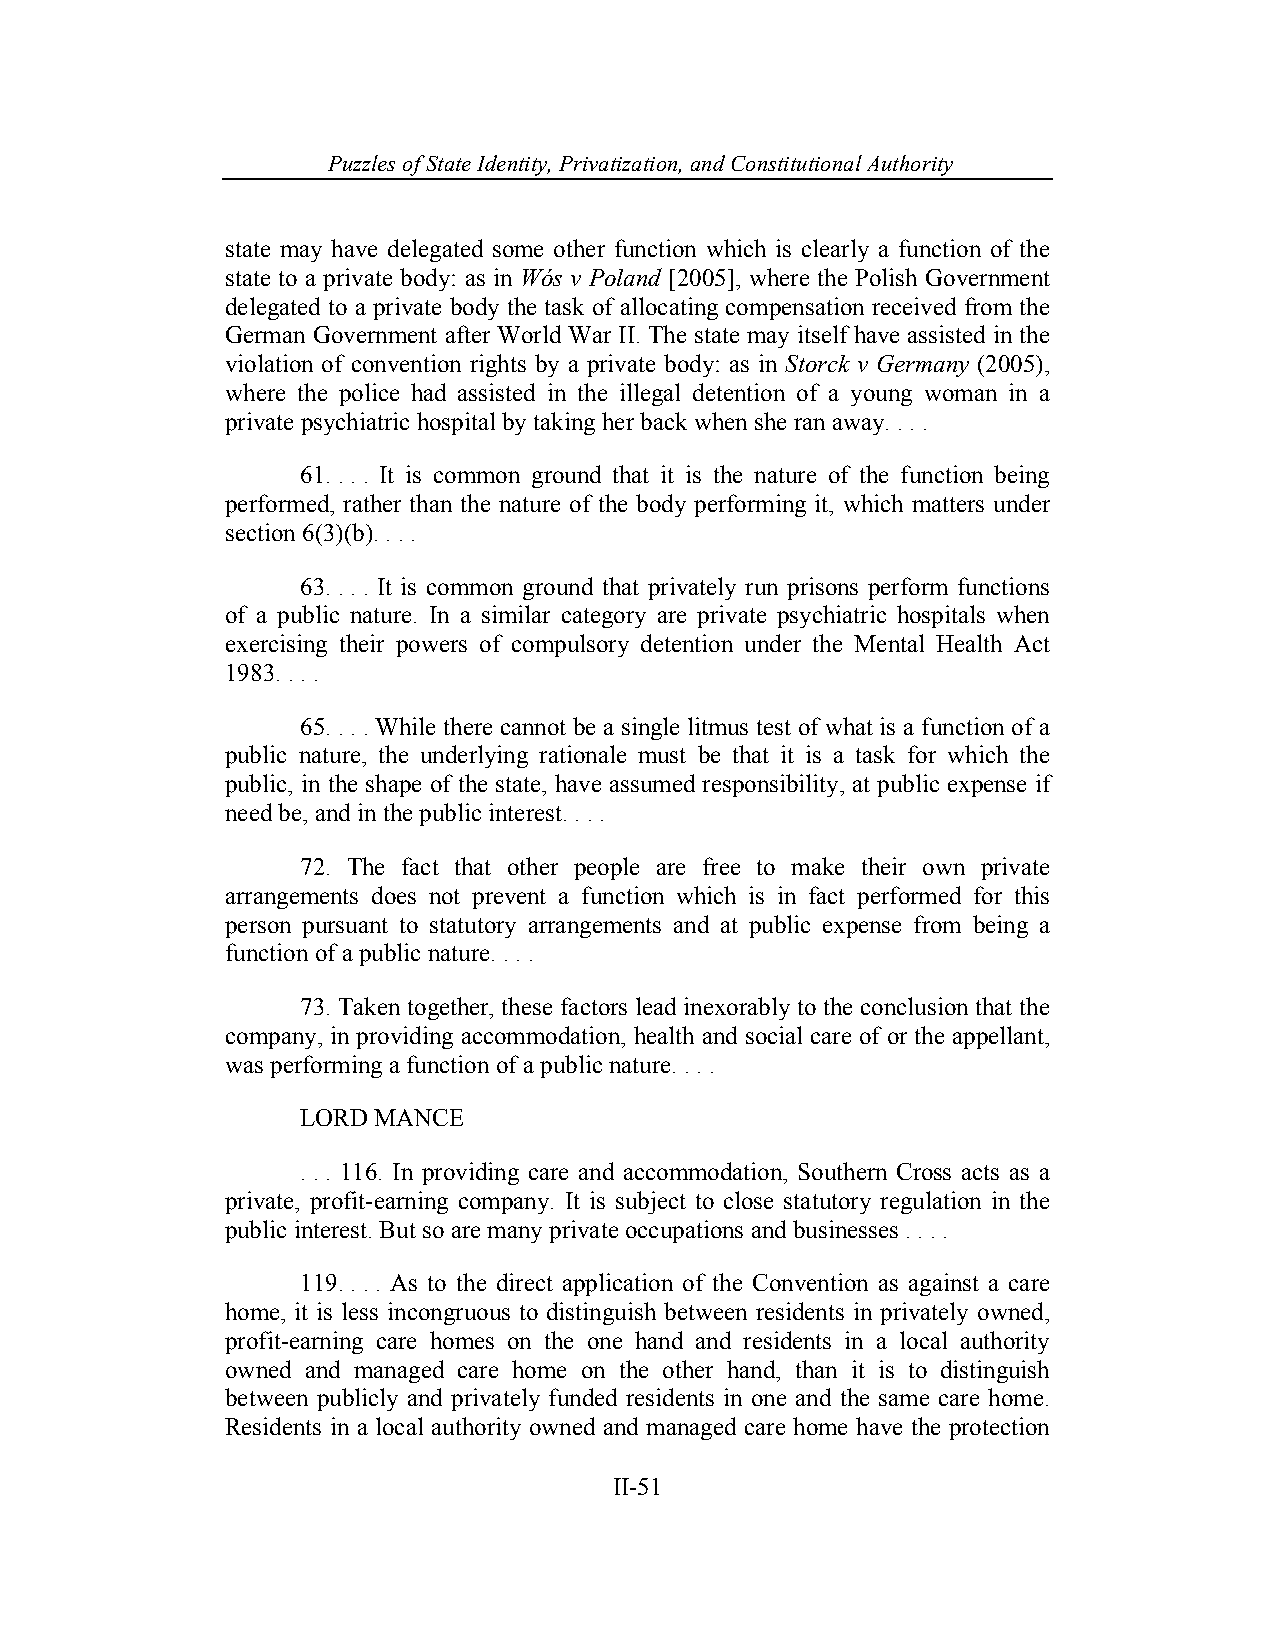
Puzzles of State Identity, Privatiz ation, and Constitutional Authority
 state may have delegated some other function which is clearly a function of the
 state to a private body: as in Wós v Poland [2005], where the Polish Government
 delegated to a private body the task of allocating compensation received from the
 German Government after World War II. The state may itself have assisted in the
 violation of convention rights by a private body: as in Storck v Germany (2005),
 where the police had assisted in the illegal detention of a young woman in a
 private psychiatric hospital by taking her back when she ran away. . . .
 61. . . . It is common ground that it is the nature of the function being
 performed, rather than the nature of the body performing it, which matters under
 section 6(3)(b). . . .
 63. . . . It is common ground that privately run prisons perform functions
 of a public nature. In a similar category are private psychiatric hospitals when
 exercising their powers of compulsory detention under the Mental Health Act
 1983. . . .
 65. . . . While there cannot be a single litmus test of what is a function of a
 public nature, the underlying rationale must be that it is a task for which the
 public, in the shape of the state, have assumed responsibility, at public expense if
 need be, and in the public interest. . . .
 72. The fact that other people are free to make their own private
 arrangements does not prevent a function which is in fact performed for this
 person pursuant to statutory arrangements and at public expense from being a
 function of a public nature. . . .
 73. Taken together, these factors lead inexorably to the conclusion that the
 company, in providing accommodation, health and social care of or the appellant,
 was performing a function of a public nature. . . .
 LORD MANCE
 . . . 116. In providing care and accommodation, Southern Cross acts as a
 private, profit-earning company. It is subject to close statutory regulation in the
 public interest. But so are many private occupations and businesses . . . .
 119. . . . As to the direct application of the Convention as against a care
 home, it is less incongruous to distinguish between residents in privately owned,
 profit-earning care homes on the one hand and residents in a local authority
 owned and managed care home on the other hand, than it is to distinguish
 between publicly and privately funded residents in one and the same care home.
 Residents in a local authority owned and managed care home have the protection
 II-51